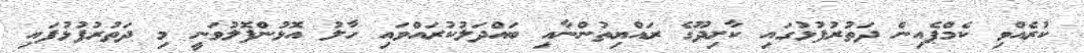
ކުރެއްވި ކެމްޕެއިން ދަތުރުފުޅުގައި ކާށިދޫގެ ރައްޔިތުންނާއި ބައްދަލުކުރައްވައި ހާލު އޮޅުންފޮލުވަނީ މި ދަތުރުފުޅުފައި